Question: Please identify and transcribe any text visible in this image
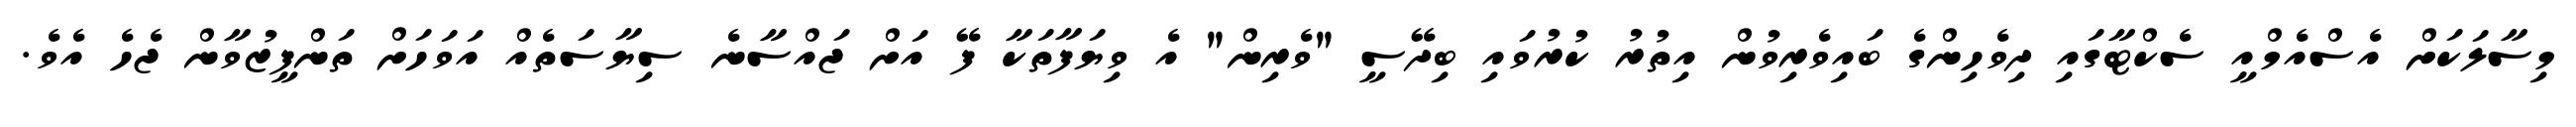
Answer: މިސާލަކަށް އެސްއެމްއީ ސެކްޓާގައި ދިވެހިންގެ ބައިވެރިވުން އިތުރު ކުރުވައި ބިދޭސީ "ވެރިން" އެ ވިޔަފާތަކާ ފޭ އަށް ޖައްސާނެ ސިޔާސަތެއް އަވަހަށް ތަންފީޒުވާން ޖެހެ އެވެ.